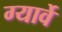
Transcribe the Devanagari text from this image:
ग्यार्वे